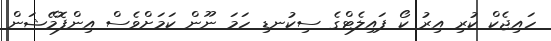
ހައިޖެކް ކުރި އިރު ކޯ ޕައިލެޓްގެ ސިކުނޑި ހަމަ ނޫން ކަމަށްވެސް އިންފޮމޭޝަން